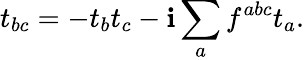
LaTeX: t_{bc}=-t_{b}t_{c}-\mathbf{i}\sum_{a}f^{abc}t_{a}.